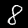
Digit: 8